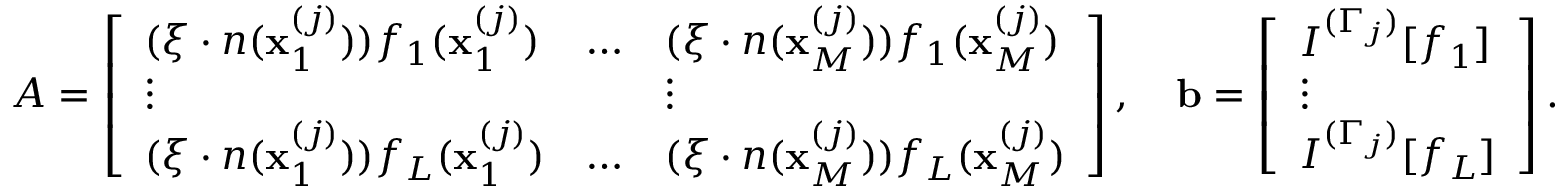
A = \left[ \begin{array} { l l l } { ( \boldsymbol { \xi } \cdot \boldsymbol { n } ( \mathbf { x } _ { 1 } ^ { ( j ) } ) ) f _ { 1 } ( \mathbf { x } _ { 1 } ^ { ( j ) } ) } & { \dots } & { ( \boldsymbol { \xi } \cdot \boldsymbol { n } ( \mathbf { x } _ { M } ^ { ( j ) } ) ) f _ { 1 } ( \mathbf { x } _ { M } ^ { ( j ) } ) } \\ { \vdots } & & { \vdots } \\ { ( \boldsymbol { \xi } \cdot \boldsymbol { n } ( \mathbf { x } _ { 1 } ^ { ( j ) } ) ) f _ { L } ( \mathbf { x } _ { 1 } ^ { ( j ) } ) } & { \dots } & { ( \boldsymbol { \xi } \cdot \boldsymbol { n } ( \mathbf { x } _ { M } ^ { ( j ) } ) ) f _ { L } ( \mathbf { x } _ { M } ^ { ( j ) } ) } \end{array} \right] , \quad \mathbf { b } = \left[ \begin{array} { l } { I ^ { ( \Gamma _ { j } ) } [ f _ { 1 } ] } \\ { \vdots } \\ { I ^ { ( \Gamma _ { j } ) } [ f _ { L } ] } \end{array} \right] .